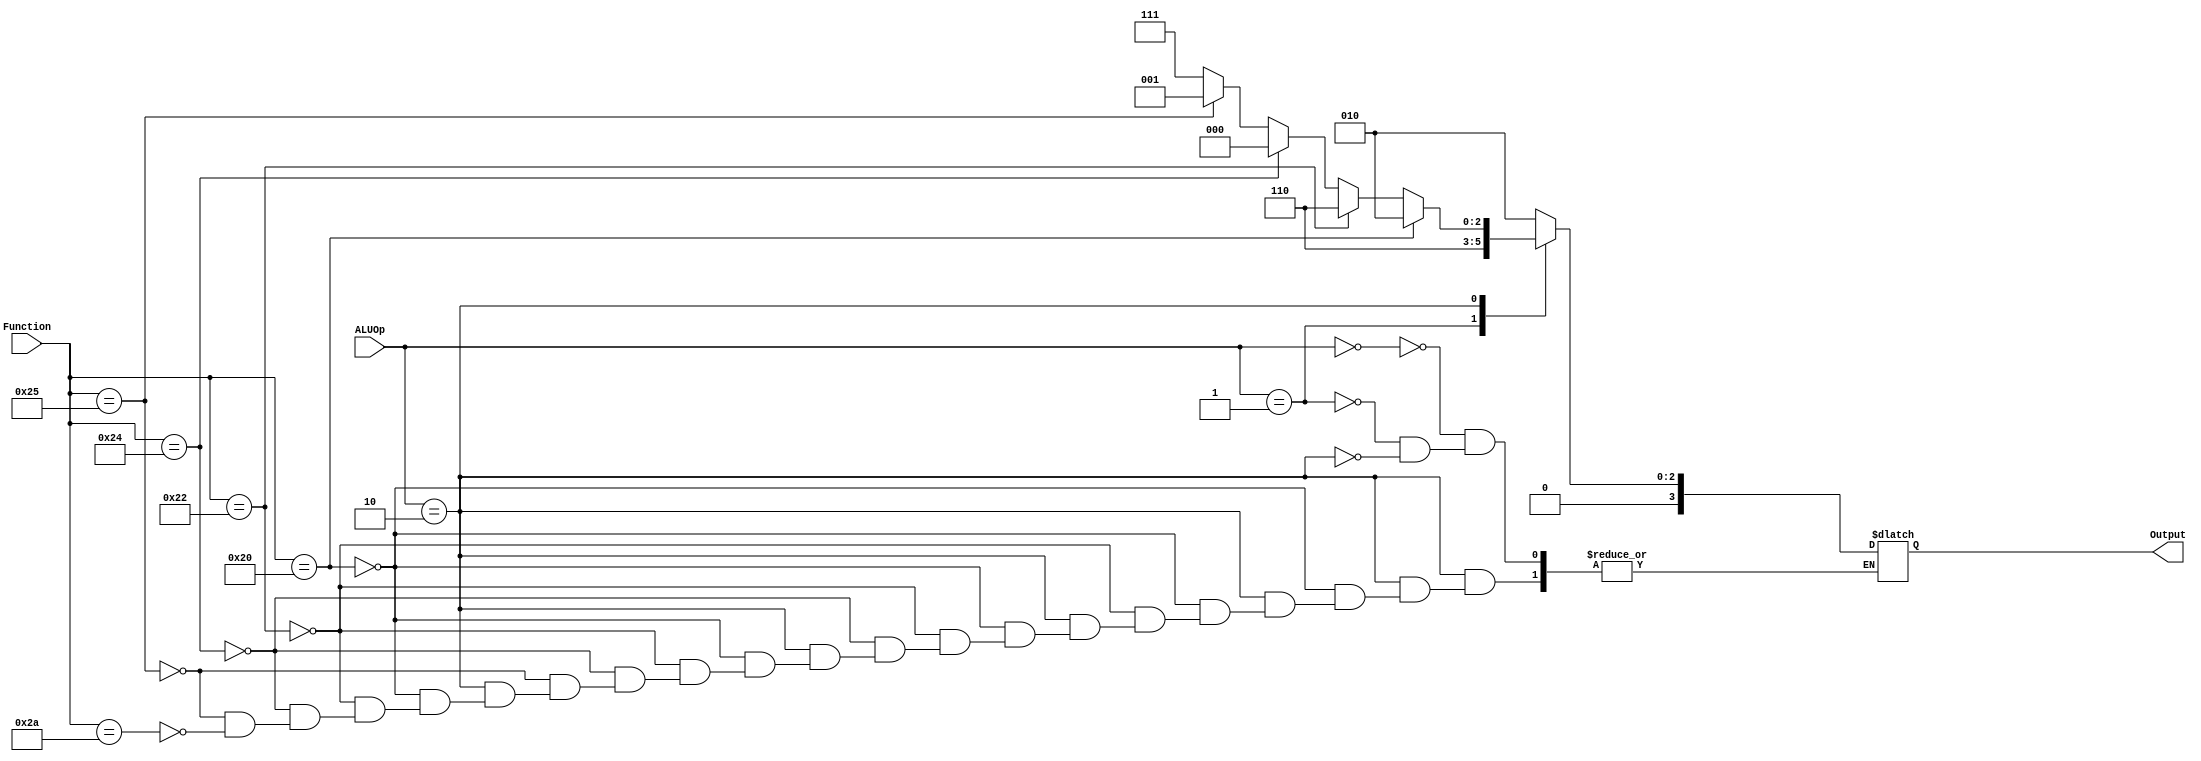
module ALUControl (ALUOp , Function , Output );

input  wire  [1:0] ALUOp;
input  wire  [5:0] Function;
output reg   [3:0] Output;

always @(ALUOp or Function)
begin
	case(ALUOp)

	0: begin
		 $display("ALUOp = 00");
		 Output = 4'b0010;
	   end
	1: begin
		 $display("AlUOp = 01");
		 Output = 4'b0110;
       end
	2: begin
		 $display("ALUOp = 10");
		 if (Function == 6'b100000)
		    begin
			Output = 4'b0010; // add
			$display("add");
			end
		 else if(Function == 6'b100010)
			begin
			Output = 4'b0110; // subtract
			$display("sub");
			end
		 else if(Function == 6'b100100)
		    begin
			Output = 4'b0000; // and
			$display("and");
			end

		 else if(Function == 6'b100101)
		    begin
			Output = 4'b0001; // or
			$display("or");
			end
		 else if(Function == 6'b101010)
		    begin
			Output = 4'b0111; // SLT (set less than)
			$display("slt");
			end
       end

	endcase

end

endmodule


module tests;

reg [1:0] aluOp;
reg [5:0] Funct;
wire [3:0] Out;

ALUControl t_ALU (aluOp,Funct,Out);


initial
begin
aluOp = 0;
Funct = 0;
end

initial
begin
	#1 aluOp = 2;
	#1 Funct = 6'b101010;
	 $monitor($time,"Out = %b", Out);



end


initial
	begin
		$dumpfile("ALUControl.vcd");
		$dumpvars;
	end



endmodule